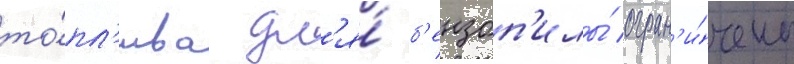
то́пл'ива дл'я́ б'ензоп'илы́ огран'и́чены